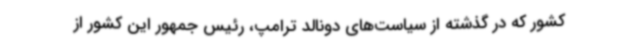
کشور که در گذشته از سیاست‌های دونالد ترامپ، رئیس جمهور این کشور از